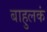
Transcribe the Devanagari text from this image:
बाहुलकं